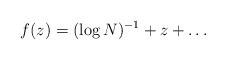
LaTeX: \begin{align*} f(z)=(\log{N})^{-1}+z+\dots\end{align*}